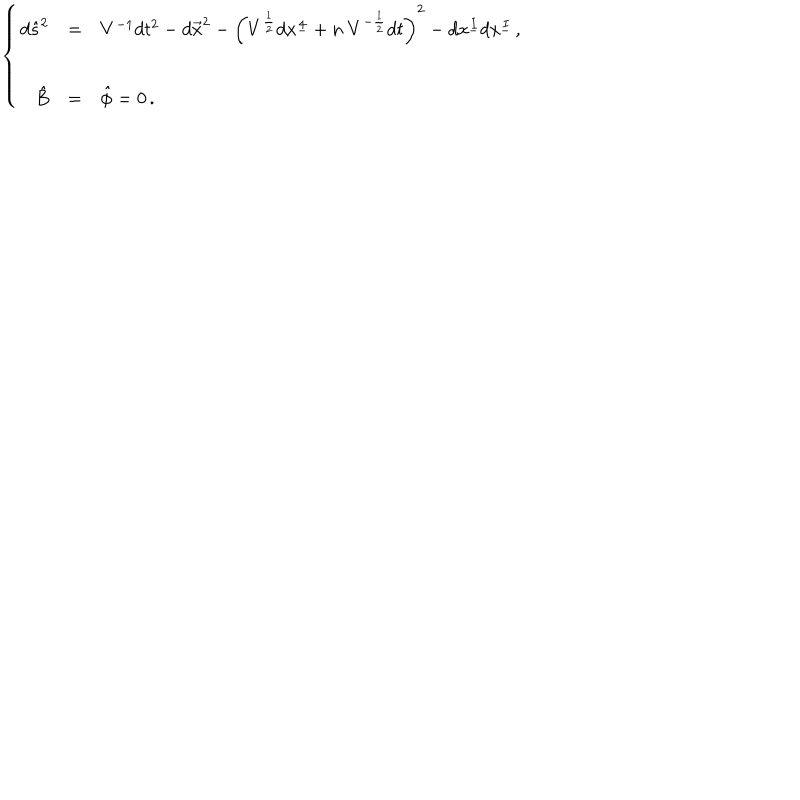
LaTeX: \left\{ \begin{array} { r c l } { { d \hat { s } ^ { 2 } } } & { { = } } & { { V ^ { - 1 } d t ^ { 2 } - d \vec { x } ^ { 2 } - \left( V ^ { \frac { 1 } { 2 } } d x ^ { \underline { { { 4 } } } } + n \ V ^ { - \frac { 1 } { 2 } } d t \right) ^ { 2 } - d x ^ { \underline { { { I } } } } d x ^ { \underline { { { I } } } } \, , } } \\ { { } } & { { } } & { { } } \\ { { \hat { B } } } & { { = } } & { { \hat { \phi } = 0 \, . } } \\ \end{array} \right.